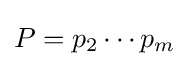
P=p_{2}\cdots p_{m}